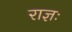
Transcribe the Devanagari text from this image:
राज्ञः